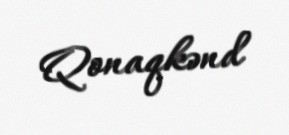
Qonaqkənd